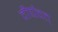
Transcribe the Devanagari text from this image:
दीर्घवत्